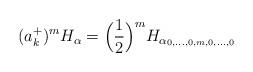
LaTeX: \begin{align*}(a^+_k)^mH_\alpha=\Big(\frac{1}{2}\Big)^mH_{\alpha_{0,\dots,0,m,0,\dots,0}}\end{align*}